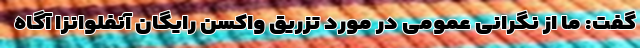
گفت: ما از نگرانی عمومی در مورد تزریق واکسن رایگان آنفلوانزا آگاه